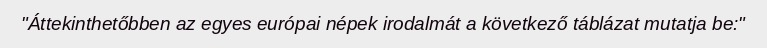
"Áttekinthetőbben az egyes európai népek irodalmát a következő táblázat mutatja be:"